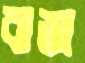
বাজ